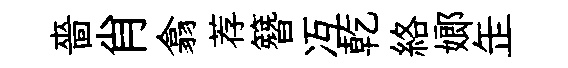
嗇肖翕荐簪冱乾絡嫏𦈢